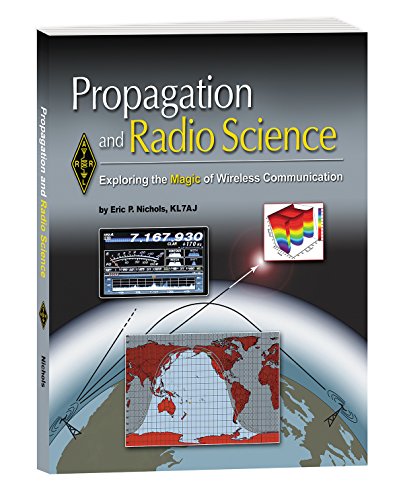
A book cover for Propagation and Radio Science; ARRL Inc.; Humor & Entertainment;